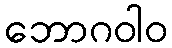
ဘောဂဝါဝ